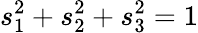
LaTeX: s_{1}^{2}+s_{2}^{2}+s_{3}^{2}=1